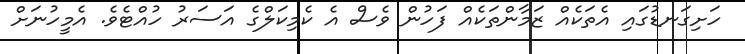
ހަށިގަނޑުގައި އެތަކެއް ޒަމާންތަކެއް ފަހުން ވެސް އެ ކެމިކަލްގެ އަސަރު ހުއްޓެވެެ. އެމީހުނަށް